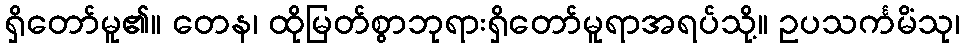
ရှိတော်မူ၏။ တေန၊ ထိုမြတ်စွာဘုရားရှိတော်မူရာအရပ်သို့။ ဥပသင်္ကမိံသု၊